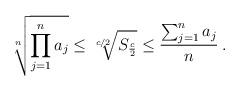
LaTeX: \begin{align*}\sqrt[n]{\prod_{j=1}^{n}a_j} \leq \sqrt[c/2]{S_{\frac{c}{2}}} \leq \dfrac{\sum_{j=1}^{n}a_j}{n}\:.\end{align*}